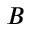
B